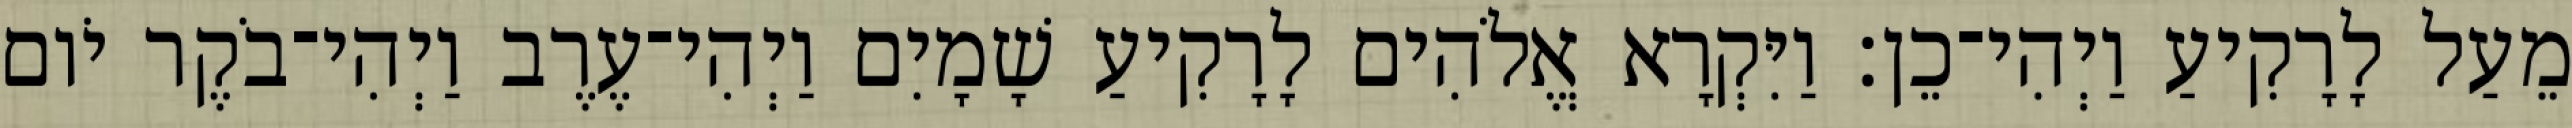
מֵעַל לָרָקִיעַ וַיְהִי־כֵן׃ וַיִּקְרָא אֱלֹהִים לָרָקִיעַ שָׁמָיִם וַיְהִי־עֶרֶב וַיְהִי־בֹקֶר יֹום